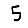
Digit: 5